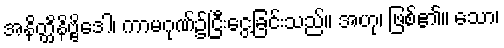
အနိတ္ထိနိဗ္ဗိဒေါ၊ ကာမဂုဏ်၌ငြီးငွေ့ခြင်းသည်။ အဟု၊ ဖြစ်၏။ သော၊